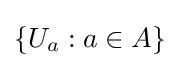
\left\{U_{a}:a\in A\right\}